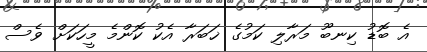
އެ ބޮޑު ކިނބޫ މަރާލި ކަމުގެ ޚަބަރާ އެކު ކޮންމެ މީހަކަށް ވެސް